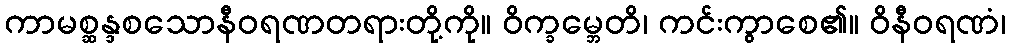
ကာမစ္ဆန္ဒစသောနီဝရဏတရားတို့ကို။ ဝိက္ခမ္ဘေတိ၊ ကင်းကွာစေ၏။ ဝိနီဝရဏံ၊